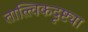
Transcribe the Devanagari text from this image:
तात्त्विकदृष्ट्या